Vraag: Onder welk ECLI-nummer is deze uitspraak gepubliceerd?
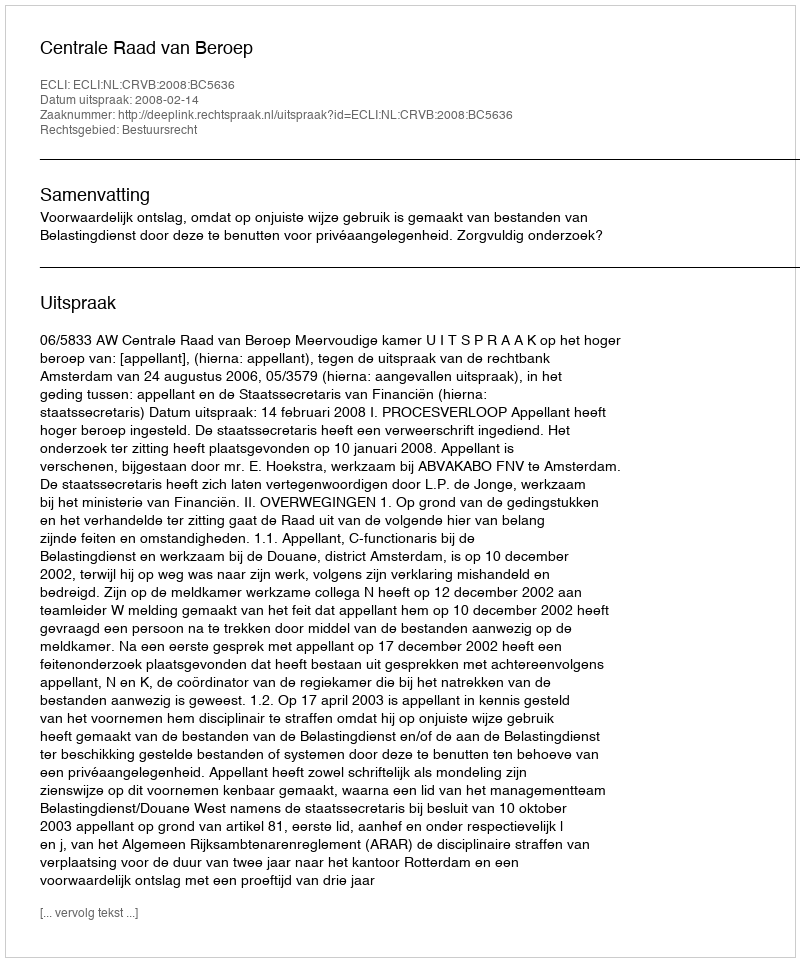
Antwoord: ECLI:NL:CRVB:2008:BC5636